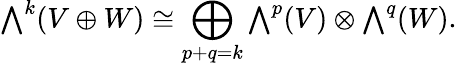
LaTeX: {\textstyle\bigwedge}^{k}(V\oplus W)\cong\bigoplus_{p+q=k}{\textstyle\bigwedge}^{p}(V)\otimes{\textstyle\bigwedge}^{q}(W).